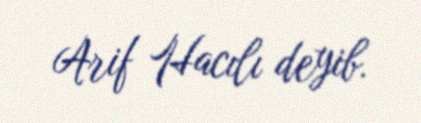
Arif Hacılı deyib.